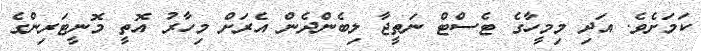
ކަމަށެވެ. އަދި މިމީހާގެ ޓެސްޓް ނަތީޖާ ލިބެންދެން އެރަށް މިހާރު އޮތީ މޮނީޓަރިންގެ